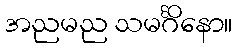
အညမည သမင်္ဂိနော။